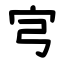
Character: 宆